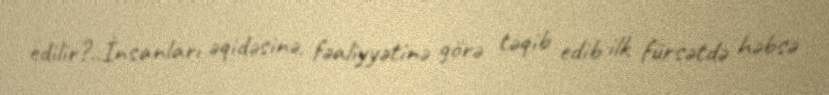
edilir?..İnsanları əqidəsinə, fəaliyyətinə görə təqib edib ilk fürsətdə həbsə